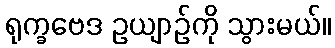
ရုက္ခဗေဒ ဥယျာဉ်ကို သွားမယ်။